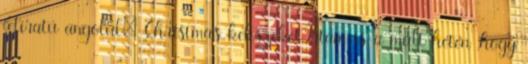
feliratú angolul: Christmas kekszeket.Írtam is a múlt héten ,hogy